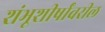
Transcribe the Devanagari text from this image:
शंभूशीर्षांवरील